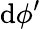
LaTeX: \mathrm{d}\phi^{\prime}